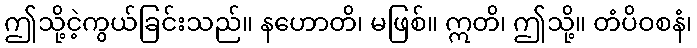
ဤသို့ငဲ့ကွယ်ခြင်းသည်။ နဟောတိ၊ မဖြစ်။ ဣတိ၊ ဤသို့။ တံပိဝစနံ၊